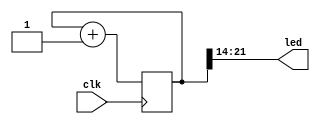
module blink_led (
	input clk,
	output [8-1:0] led
);

reg [21:0] ctr_q;
wire [21:0] ctr_d;

// Sequential code (flip-flop)
always @(posedge clk)
	ctr_q <= ctr_d;

// Combinational code (boolean logic)
assign ctr_d = ctr_q + 1'b1;
assign led = ctr_q[21:21-(8 - 1)];

endmodule